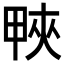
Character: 𤲍